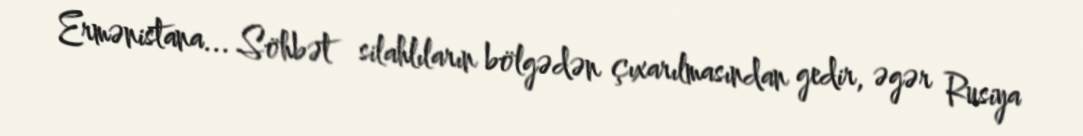
Ermənistana... Söhbət silahlıların bölgədən çıxarılmasından gedir, əgər Rusiya